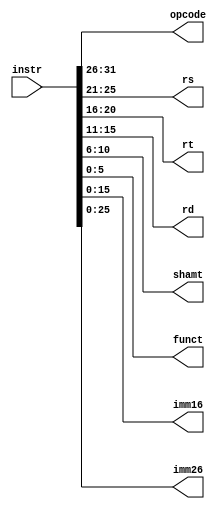
module divider(
    input [31:0] instr,
    output reg [5:0] opcode,
    output reg [4:0] rs,
    output reg [4:0] rt,
    output reg [4:0] rd,
    output reg [4:0] shamt,
    output reg [5:0] funct,
    output reg [15:0] imm16,
    output reg [25:0] imm26
);
    always @(*) begin
        opcode = instr[31:26]; // 3126
        rs     = instr[25:21]; // 2521
        rt     = instr[20:16]; // 2016
        rd     = instr[15:11]; // 1511
        shamt  = instr[10:6];  // 106
        funct  = instr[5:0];   // 50
        imm16  = instr[15:0];  // 150
        imm26  = instr[25:0];  //250
    end
endmodule